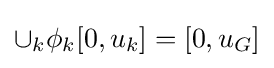
\cup _{k}\phi _{k}[0,u_{k}]=[0,u_{G}]